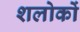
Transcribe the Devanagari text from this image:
शलोकों